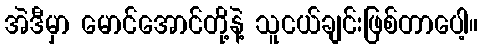
အဲဒီမှာ မောင်အောင်တို့နဲ့ သူငယ်ချင်းဖြစ်တာပေါ့။